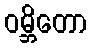
ဝမ္ဘိတော